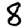
Digit: 8